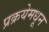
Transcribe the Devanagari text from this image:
प्रक्रयेमधून